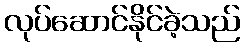
လုပ်ဆောင်နိုင်ခဲ့သည်